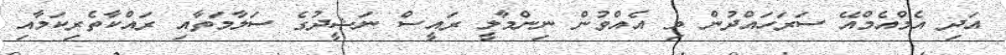
އަދި އެމްއެމްއޭ ސަރަހައްދުން މި އެއްވުން ނިންމާލީ ރައީސް ނަޝީދުގެ ސަލާމަތާއި ރައްކާތެރިކަމާއި